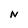
Character: N